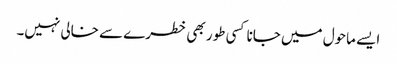
ایسے ماحول میں جانا کسی طور بھی خطرے سے خالی نہیں۔